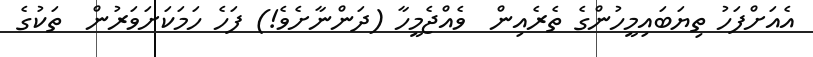
އެއަށްފަހު ތިޔަބައިމީހުންގެ ތެރެއިން  ވެއްޖެމީހާ (ދަންނާށެވެ!) ފަހެ ހަމަކަށަވަރުން  ތަކުގެ